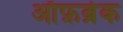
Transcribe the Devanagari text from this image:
ऑफ़ब्रेक